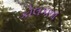
કોલકાના